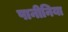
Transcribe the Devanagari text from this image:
पानीनिया